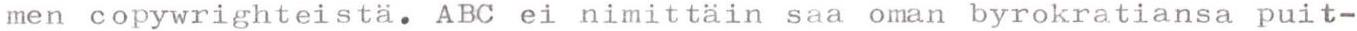
men copywrighteistä. ABC ei nimittäin saa oman byrokratiansa puit-